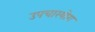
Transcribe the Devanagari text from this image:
उपचारयोग